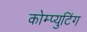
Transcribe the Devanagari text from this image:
कोम्प्युटिंग